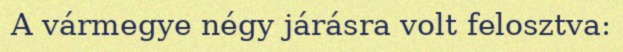
A vármegye négy járásra volt felosztva: